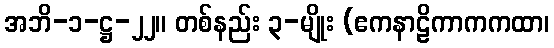
အဘိ-၁-ဋ္ဌ-၂၂။ တစ်နည်း ၃-မျိုး (ဧကနာဠိကာကကထာ၊